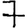
Digit: 7